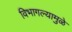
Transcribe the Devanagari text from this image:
विभागल्यामुळे